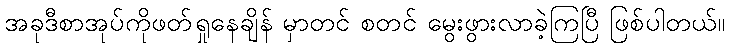
အခုဒီစာအုပ်ကိုဖတ်ရှုနေချိန် မှာတင် စတင် မွေးဖွားလာခဲ့ကြပြီ ဖြစ်ပါတယ်။